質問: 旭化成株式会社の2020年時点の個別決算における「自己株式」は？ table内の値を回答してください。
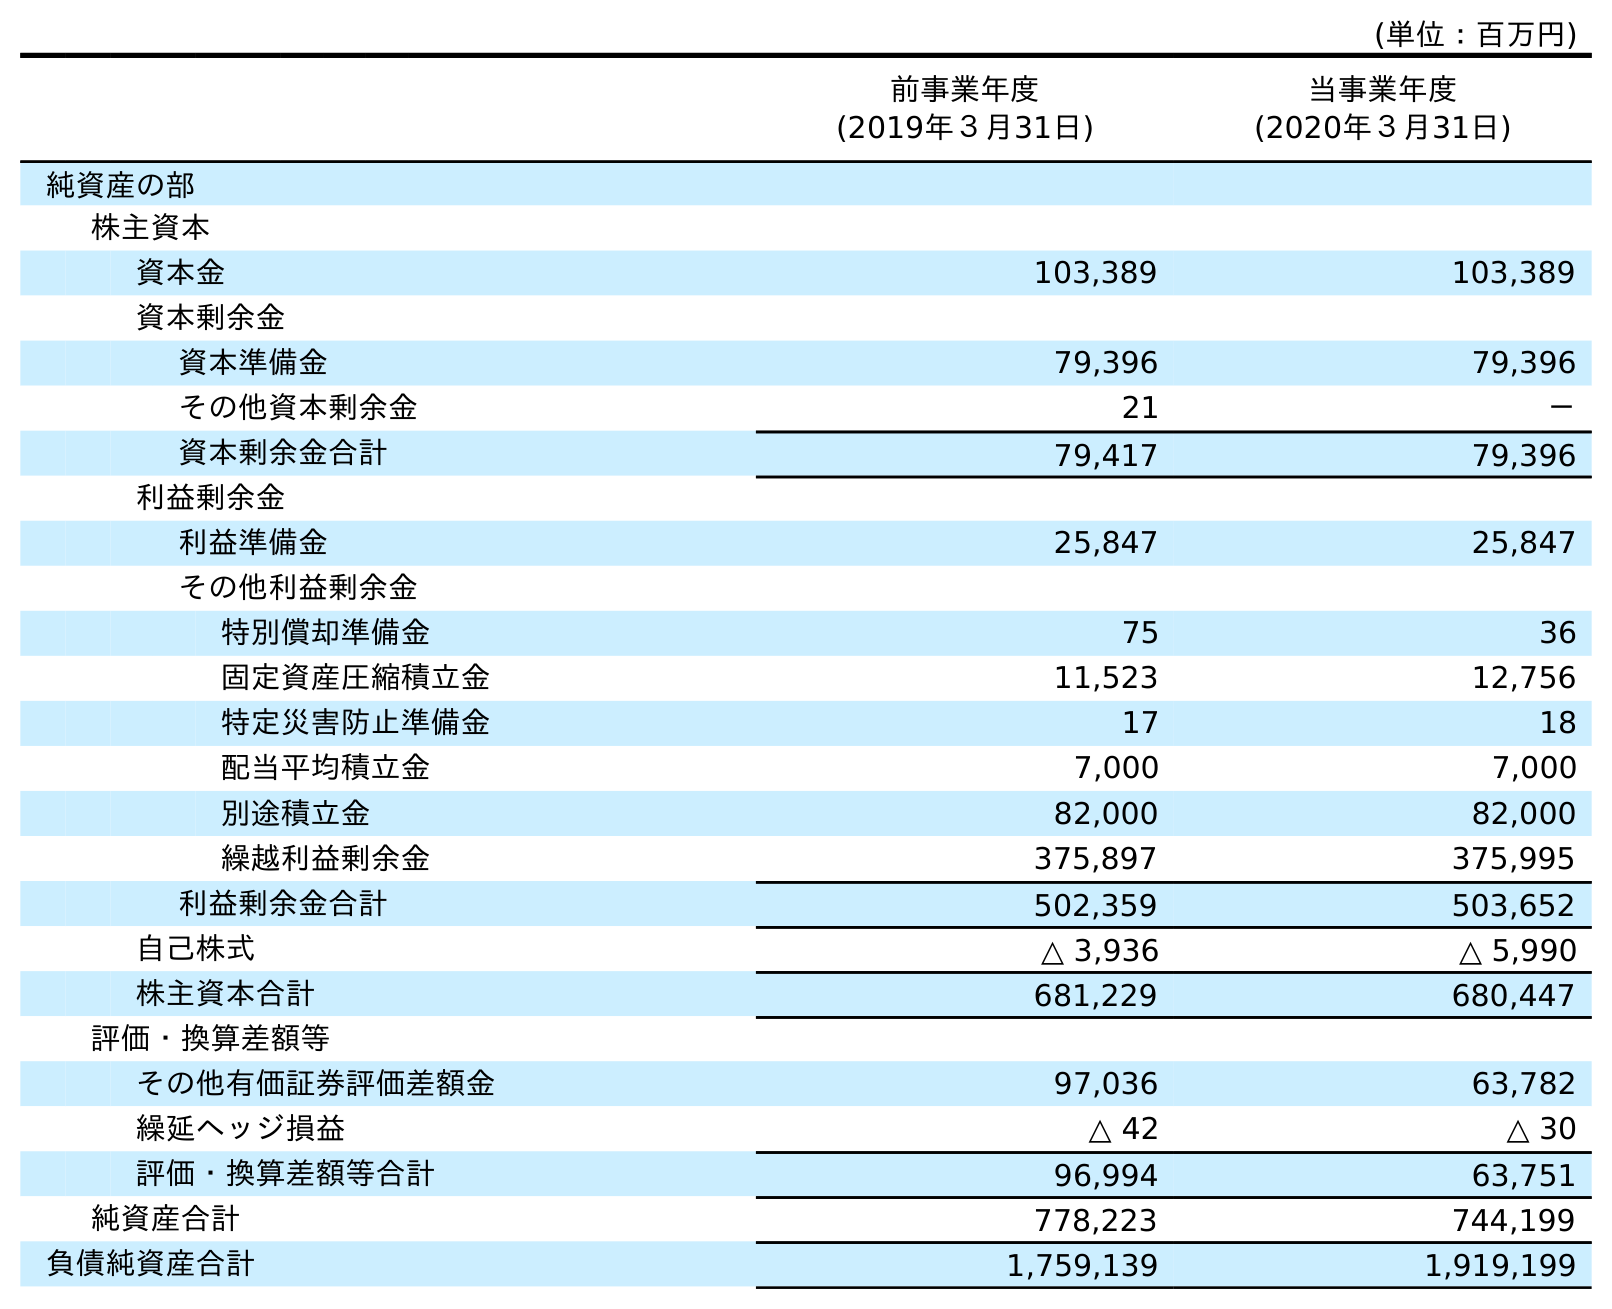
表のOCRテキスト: (単位：百万円) 前事業年度 (2019年３月31日) 当事業年度 (2020年３月31日) 純資産の部 株主資本 資本金 103,389 103,389 資本剰余金 資本準備金 79,396 79,396 その他資本剰余金 21 － 資本剰余金合計 79,417 79,396 利益剰余金 利益準備金 25,847 25,847 その他利益剰余金 特別償却準備金 75 36 固定資産圧縮積立金 11,523 12,756 特定災害防止準備金 17 18 配当平均積立金 7,000 7,000 別途積立金 82,000 82,000 繰越利益剰余金 375,897 375,995 利益剰余金合計 502,359 503,652 自己株式 △ 3,936 △ 5,990 株主資本合計 681,229 680,447 評価・換算差額等 その他有価証券評価差額金 97,036 63,782 繰延ヘッジ損益 △ 42 △ 30 評価・換算差額等合計 96,994 63,751 純資産合計 778,223 744,199 負債純資産合計 1,759,139 1,919,199
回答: △5,990